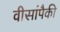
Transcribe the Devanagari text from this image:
वीसांपैकी